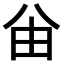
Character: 𠔍